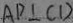
A D \bot C D